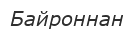
Байроннан